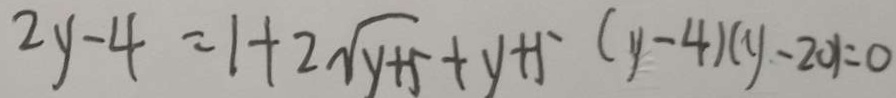
2 y - 4 = 1 + 2 \sqrt { y + 5 } + y + 5 ( y - 4 ) ( y - 2 0 ) = 0